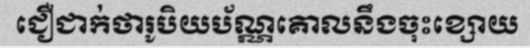
ជឿជាក់ថារូបិយប័ណ្ណគោលនឹងចុះខ្សោយ